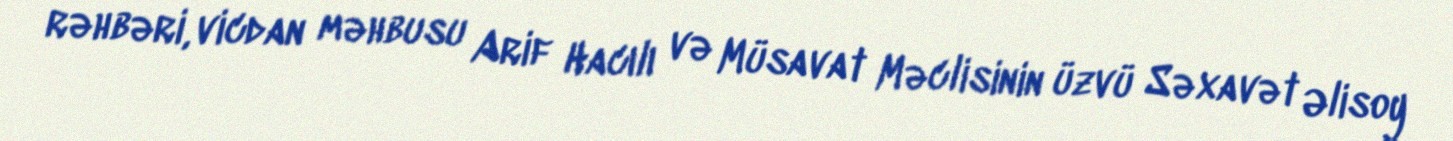
rəhbəri, vicdan məhbusu Arif Hacılı və Müsavat Məclisinin üzvü Səxavət Əlisoy